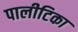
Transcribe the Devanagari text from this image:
पालीटिका